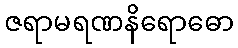
ဇရာမရဏနိရောဓော